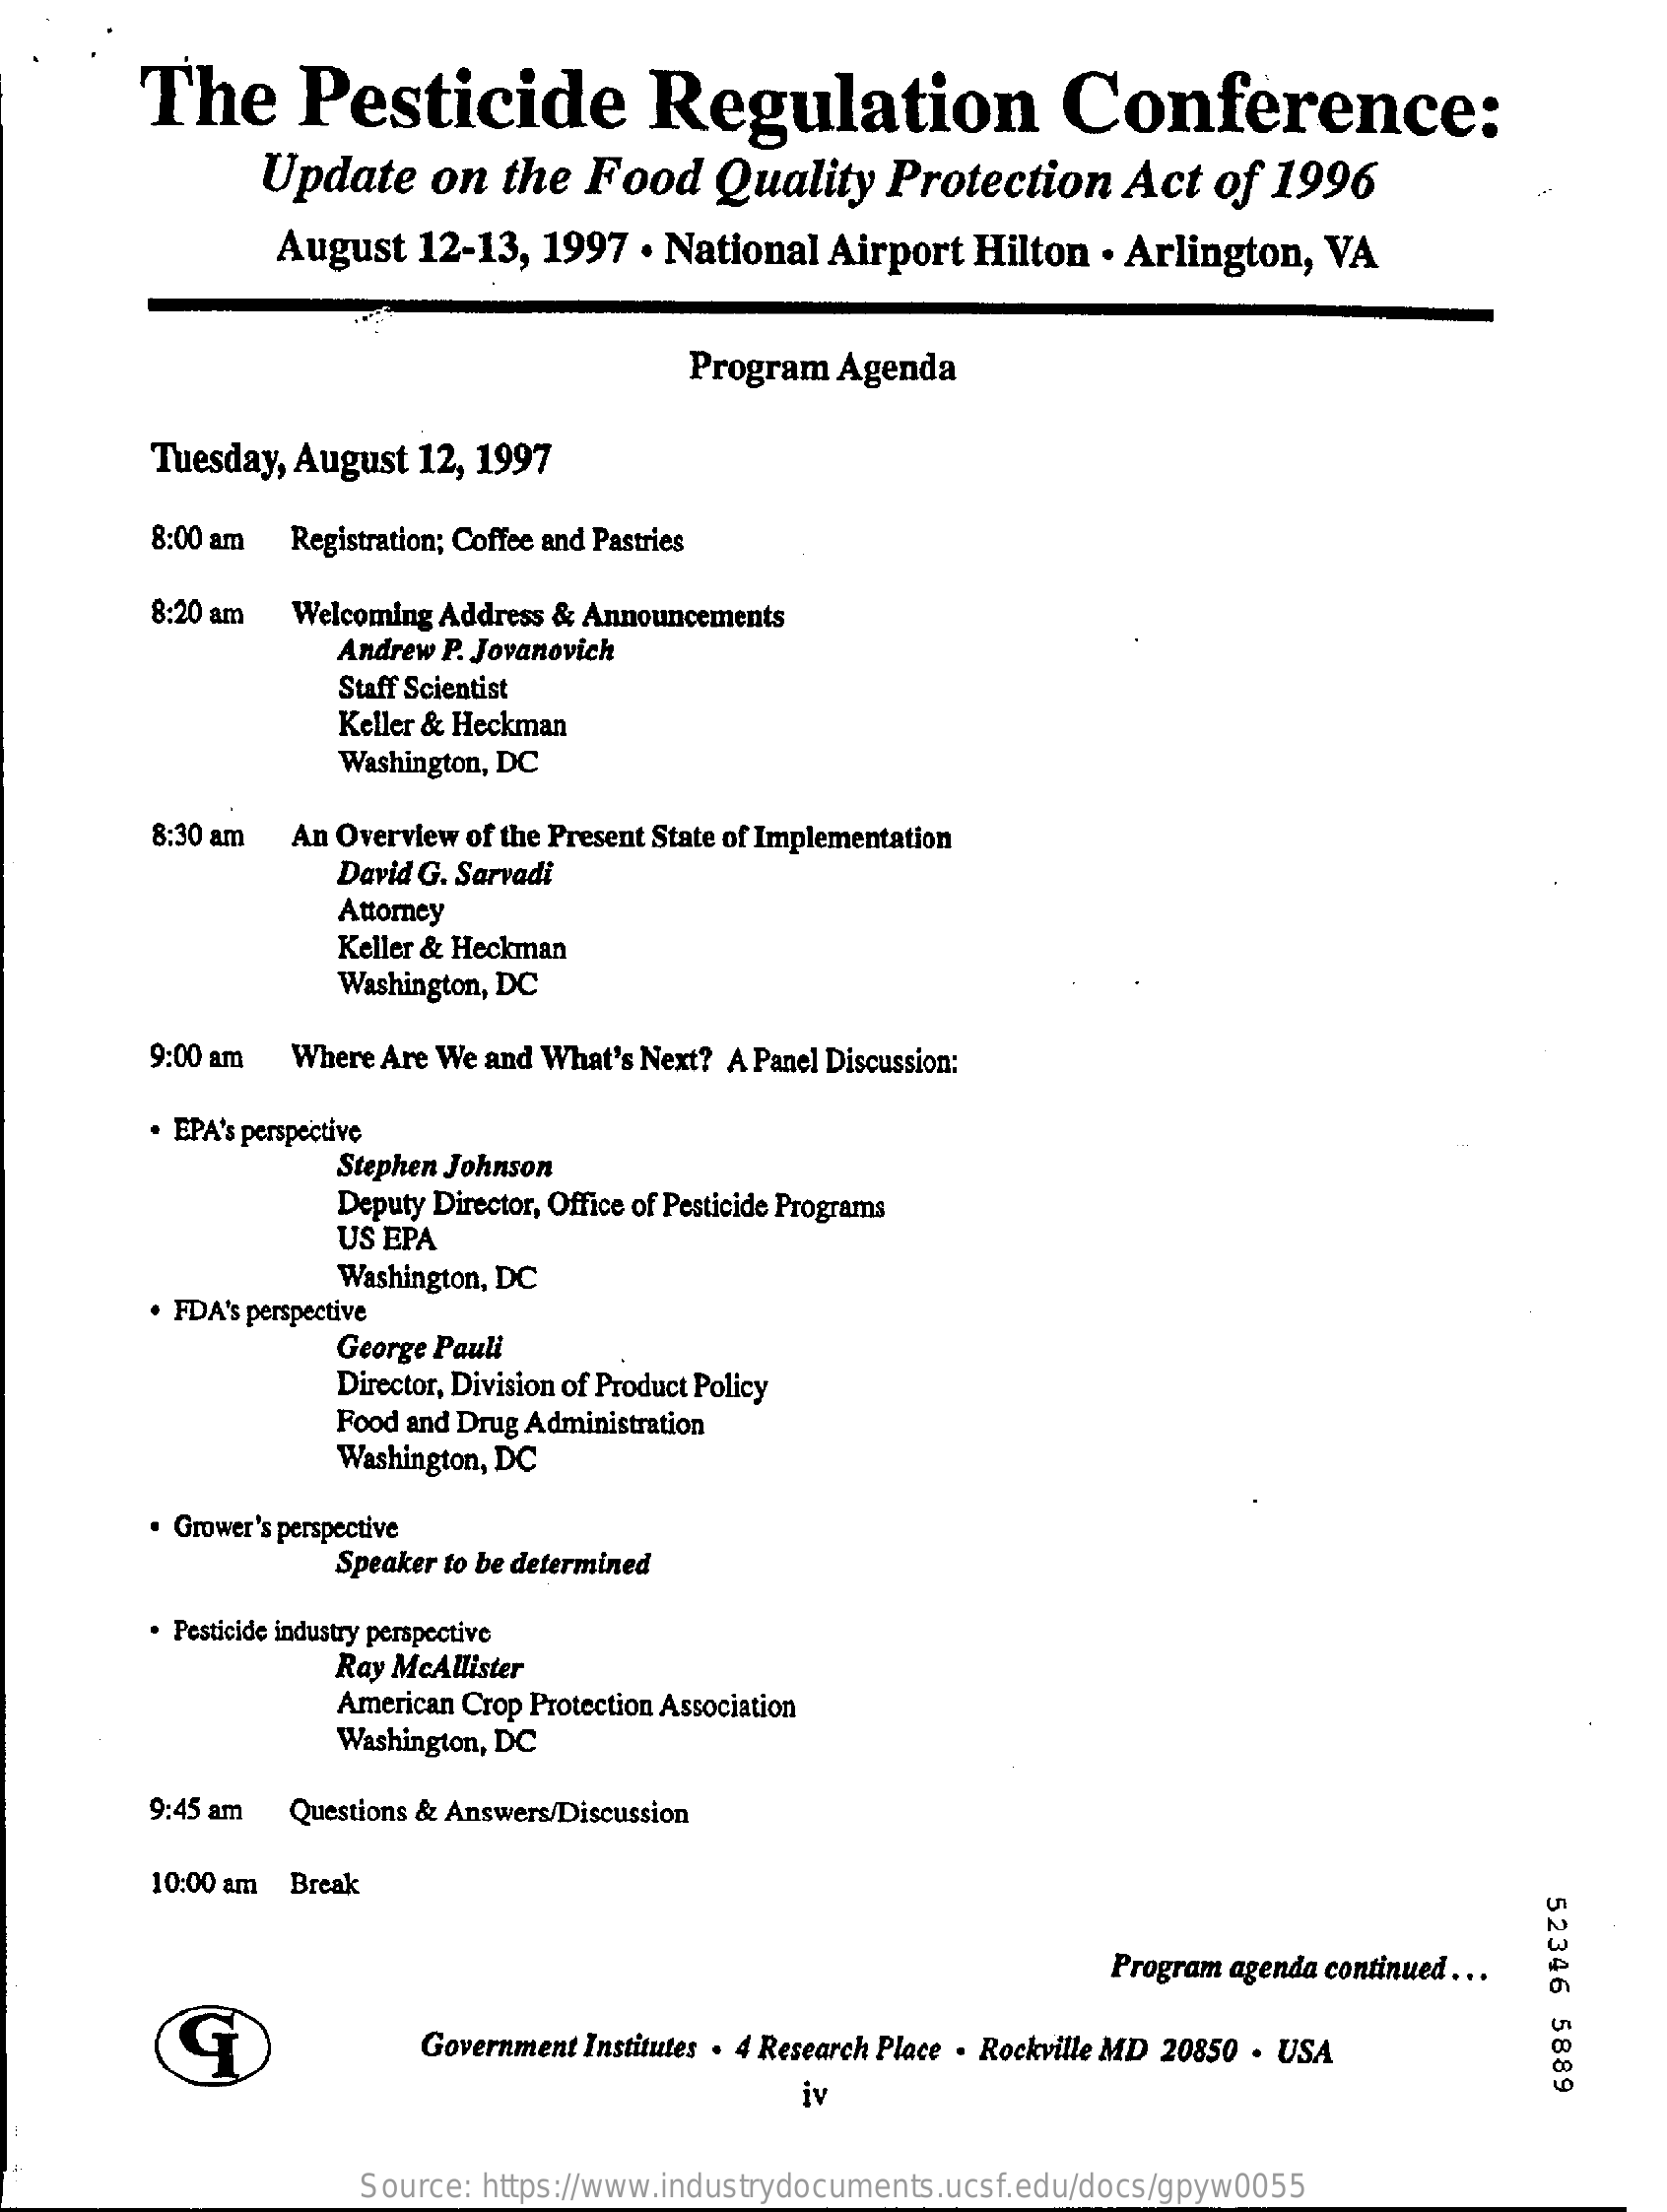
The    Pesticide    Regulation    Conference:
     Update    on  the  Food    Quality   Protection    Act   of 1996
     August  12-13,  1997  . National  Airport  Hilton  . Arlington,  VA
     Program  Agenda
     Tuesday, August 12, 1997
     8:00 am Registration; Coffee and Pastries
     8:20 am Welcoming Address & Announcements
     Andrew P. Jovanovich
     Staff Scientist
     Keller & Heckman
     Washington, DC
     8:30 am  An Overview of the Present State of Implementation
     David G. Sarvadi
     Attorney
     Keller & Heckman
     Washington, DC
     9:00 am Where Are We and What's Next? A Panel Discussion:
     . EPA's perspective
     Stephen Johnson
     Deputy Director, Office of Pesticide Programs
     US EPA
     . FDA's perspective
     Washington, DC
     George Pauli
     Director, Division of Product Policy
     Food and Drug Administration
     Washington, DC
     · Grower's perspective
     Speaker to be determined
     · Pesticide industry perspective
     Ray McAllister
     American Crop Protection Association
     Washington, DC
     9:45 am Questions & Answers/Discussion
     10:00 am Break
     52346
     5889
     Program agenda continued ...
     Government Institutes . 4 Research Place . Rockville MD 20850 . USA
     iv
  4
  .
     Source: https://www.industrydocuments.ucsf.edu/docs/gpyw0055